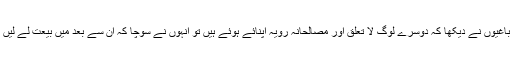
جب باغیوں نے دیکھا کہ دوسرے لوگ لا تعلق اور مصالحانہ رویہ اپنائے ہوئے ہیں تو انہوں نے سوچا کہ ان سے بعد میں بیعت لے لیں گے۔